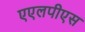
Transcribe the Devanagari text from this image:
एएलपीएस